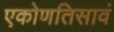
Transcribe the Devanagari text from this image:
एकोणतिसावं